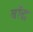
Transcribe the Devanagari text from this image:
बॉद्ध